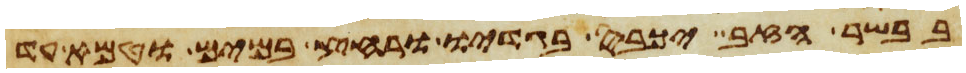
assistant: בבשר הזב יכבס בגדיו ורחץ במים וטמא עד